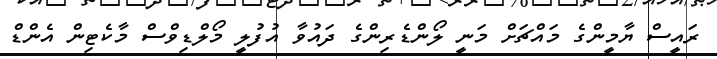
ރައީސް ޔާމީންގެ މައްޗަށް މަނީ ލޯންޑެރިންގެ ދައުވާ އުފުލީ މޯލްޑިވްސް މާކެޓިން އެންޑް